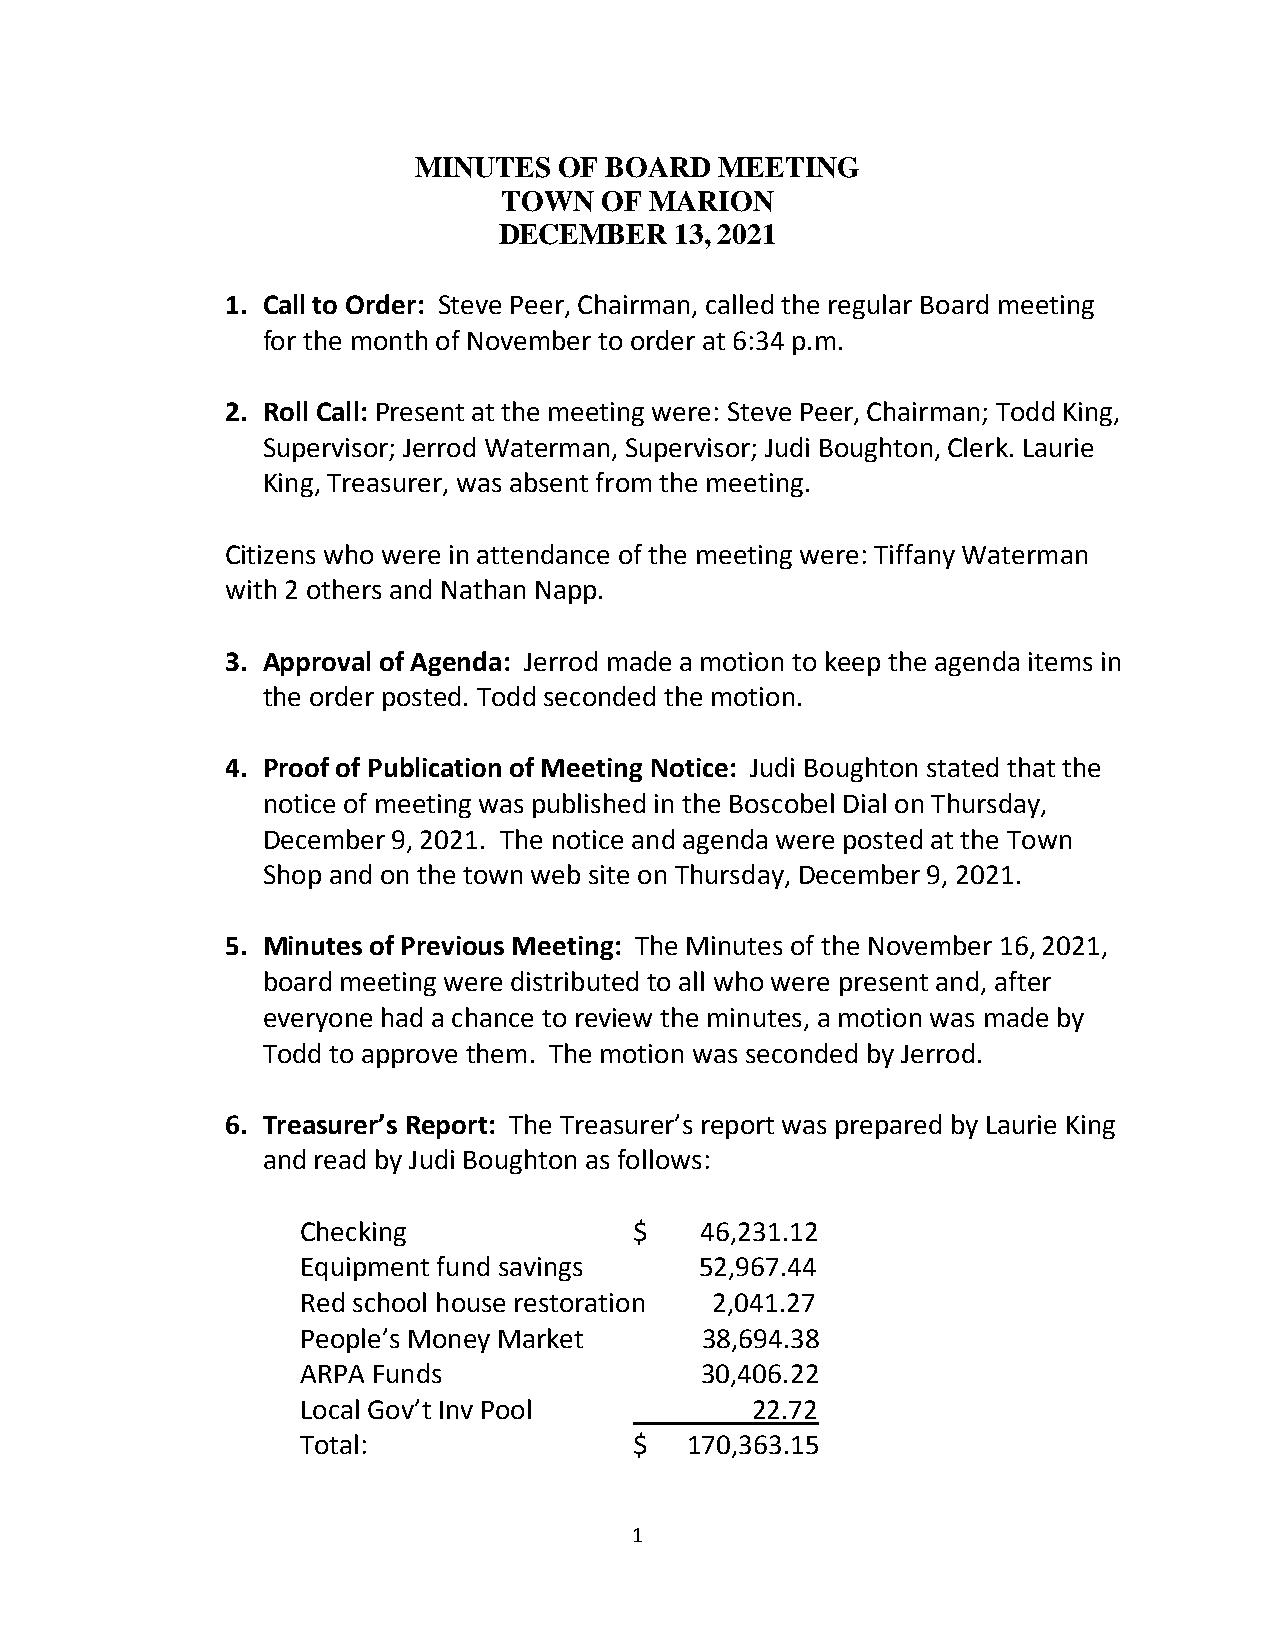
MINUTES   OF BOARD   MEETING
 TOWN   OF MARION
 DECEMBER    13, 2021
 1. Call to Order: Steve Peer, Chairman, called the regular Board meeting
 for the month of November to order at 6:34 p.m.
 2. Roll Call: Present at the meeting were: Steve Peer, Chairman; Todd King,
 Supervisor; Jerrod Waterman, Supervisor; Judi Boughton, Clerk. Laurie
 King, Treasurer, was absent from the meeting.
 Citizens who were in attendance of the meeting were: Tiffany Waterman
 with 2 others and Nathan Napp.
 3. Approval of Agenda: Jerrod made a motion to keep the agenda items in
 the order posted. Todd seconded the motion.
 4. Proof of Publication of Meeting Notice: Judi Boughton stated that the
 notice of meeting was published in the Boscobel Dial on Thursday,
 December 9, 2021. The notice and agenda were posted at the Town
 Shop and on the town web site on Thursday, December 9, 2021.
 5. Minutes of Previous Meeting: The Minutes of the November 16, 2021,
 board meeting were distributed to all who were present and, after
 everyone had a chance to review the minutes, a motion was made by
 Todd to approve them. The motion was seconded by Jerrod.
 6. Treasurer’s Report: The Treasurer’s report was prepared by Laurie King
 and read by Judi Boughton as follows:
 Checking              $   46,231.12
 Equipment fund savings    52,967.44
 Red school house restoration 2,041.27
 People’s Money Market     38,694.38
 ARPA Funds                30,406.22
 Local Gov’t Inv Pool          22.72
 Total:                $  170,363.15
 1